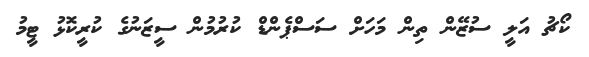
ކޯޗު އަލީ ސުޒޭން ތިން މަހަށް ސަސްޕެންޑް ކުރުމުން ސީޒަނުގެ ކުރީކޮޅު ޓީމު